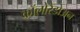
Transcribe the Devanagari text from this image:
कॉलोरैडोअन